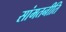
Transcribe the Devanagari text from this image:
सांमतनीति